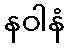
နဝါနံ